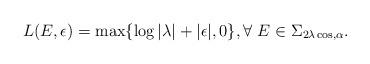
LaTeX: \begin{align*}L(E,\epsilon)=\max \{\log |\lambda|+|\epsilon|,0\}, \forall \ E\in \Sigma_{2\lambda \cos,\alpha}.\end{align*}